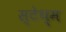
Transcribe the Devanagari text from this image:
स्टेथ्म